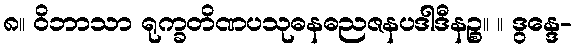
၈။ ဝိဘာသာ ရုက္ခတိဏပသုဓနဓညဇနပဒါဒီနဉ္စ။ ။ ဒွန္ဒေ-